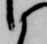
候